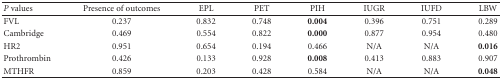
<table><thead><tr><td><b><i>P</i> values</b></td><td><b>Presence of outcomes</b></td><td><b>EPL</b></td><td><b>PET</b></td><td><b>PIH</b></td><td><b>IUGR</b></td><td><b>IUFD</b></td><td><b>LBW</b></td></tr></thead><tbody><tr><td>FVL</td><td>0.237</td><td>0.832</td><td>0.748</td><td><b>0.004</b></td><td>0.396</td><td>0.751</td><td>0.289</td></tr><tr><td>Cambridge</td><td>0.469</td><td>0.554</td><td>0.822</td><td><b>0.000</b></td><td>0.877</td><td>0.954</td><td>0.480</td></tr><tr><td>HR2</td><td>0.951</td><td>0.654</td><td>0.194</td><td>0.466</td><td>N/A</td><td>N/A</td><td><b>0.016</b></td></tr><tr><td>Prothrombin</td><td>0.426</td><td>0.133</td><td>0.928</td><td><b>0.008</b></td><td>0.413</td><td>0.883</td><td>0.907</td></tr><tr><td>MTHFR</td><td>0.859</td><td>0.203</td><td>0.428</td><td>0.584</td><td>N/A</td><td>N/A</td><td><b>0.048</b></td></tr></tbody></table>